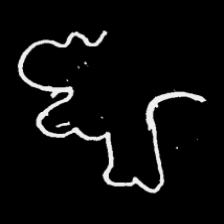
Pyu character \u2014 Myanmar letter: ဈ (romanized: jha)